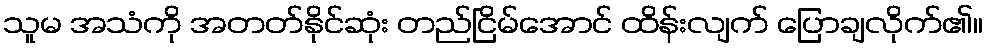
သူမ အသံကို အတတ်နိုင်ဆုံး တည်ငြိမ်အောင် ထိန်းလျက် ပြောချလိုက်၏။